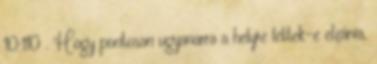
10:110 . Hogy pontosan ugyanarra a helyre lettek-e elzárva,